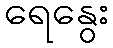
ရေနွေး